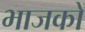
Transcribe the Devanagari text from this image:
भाजकों